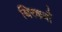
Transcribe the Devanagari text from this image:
थिरकवाँ